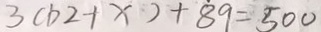
3 ( b 2 + x ) + 8 9 = 5 0 0